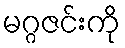
မဂ္ဂဇင်းကို